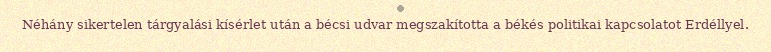
Néhány sikertelen tárgyalási kísérlet után a bécsi udvar megszakította a békés politikai kapcsolatot Erdéllyel.